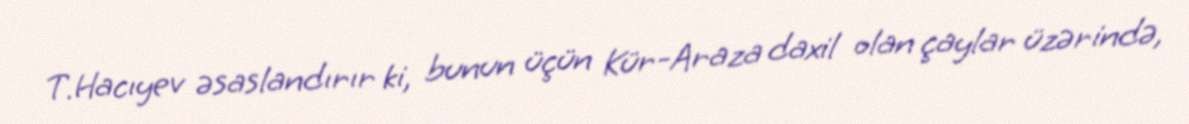
T.Hacıyev əsaslandırır ki, bunun üçün Kür-Araza daxil olan çaylar üzərində,